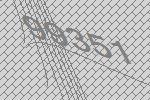
99351